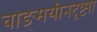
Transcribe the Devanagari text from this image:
वाङ्‌मयीनदृष्ट्या